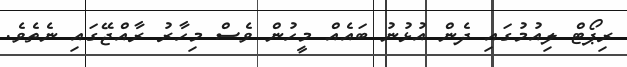
ރިޕޯޓް ލިއުމުގައި ދެން އުޅުނު ބައެއް މީހުން ވެސް މިހާރު ރާއްޖޭގައި ނެތެވެ.